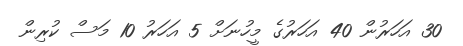
30 އަހަރުން 40 އަހަރުގެ މީހުނަށް 5 އަހަރު 10 މަސް ކުރިން